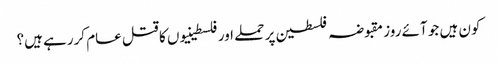
کون ہیں جو آئے روز مقبوضہ فلسطین پر حملے اور فلسطینیوں کا قتل عام کررہے ہیں؟